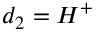
d _ { 2 } = H ^ { + }